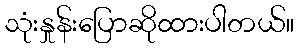
သုံးနှုန်းပြောဆိုထားပါတယ်။